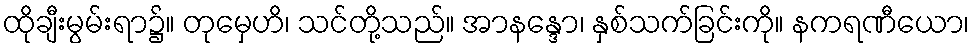
ထိုချီးမွမ်းရာ၌။ တုမှေဟိ၊ သင်တို့သည်။ အာနန္ဒော၊ နှစ်သက်ခြင်းကို။ နကရဏီယော၊